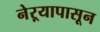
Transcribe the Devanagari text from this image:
नेऱ्यापासून